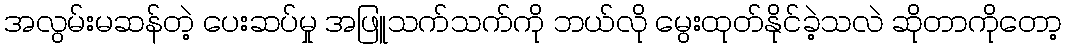
အလွမ်းမဆန်တဲ့ ပေးဆပ်မှု အဖြူသက်သက်ကို ဘယ်လို မွေးထုတ်နိုင်ခဲ့သလဲ ဆိုတာကိုတော့